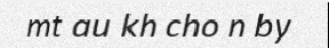
mt au kh cho n by